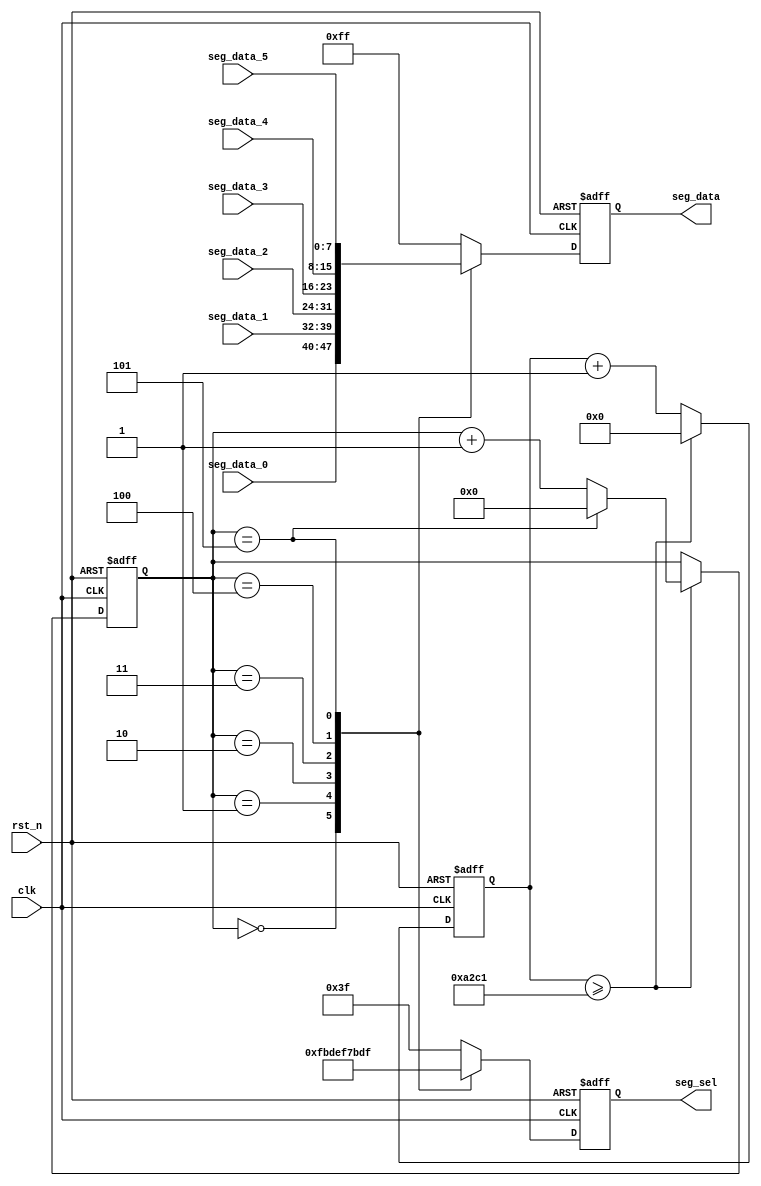
//////////////////////////////////////////////////////////////////////////////////
//                                                                              //
//                                                                              //
//          msq@qq.com                                                          //
//          ALINX(shanghai) Technology Co.,Ltd                                  //
//          heijin                                                              //
//     WEB: http://www.alinx.cn/                                                //
//     BBS: http://www.heijin.org/                                              //
//                                                                              //
//////////////////////////////////////////////////////////////////////////////////
//                                                                              //
// Copyright (c) 2017,ALINX(shanghai) Technology Co.,Ltd                        //
//                    All rights reserved                                       //
//                                                                              //
// This source file may be used and distributed without restriction provided    //
// that this copyright statement is not removed from the file and that any      //
// derivative work contains the original copyright notice and the associated    //
// disclaimer.                                                                  //
//                                                                              //
//////////////////////////////////////////////////////////////////////////////////

//==========================================================================
//  Revision History:
//  Date          By            Revision    Change Description
//--------------------------------------------------------------------------
//  2017/6/19     meisq         1.0         Original
//*************************************************************************/
module seg_scan(
	input           clk,
	input           rst_n,
	output reg[5:0] seg_sel,      //digital led chip select
	output reg[7:0] seg_data,     //eight segment digital tube output,MSB is the decimal point
	input[7:0]      seg_data_0,
	input[7:0]      seg_data_1,
	input[7:0]      seg_data_2,
	input[7:0]      seg_data_3,
	input[7:0]      seg_data_4,
	input[7:0]      seg_data_5
);
parameter SCAN_FREQ = 200;     //scan frequency
parameter CLK_FREQ = 50000000; //clock frequency

parameter SCAN_COUNT = CLK_FREQ /(SCAN_FREQ * 6) - 1;

reg[31:0] scan_timer;  //scan time counter
reg[3:0] scan_sel;     //Scan select counter
always@(posedge clk or negedge rst_n)
begin
	if(rst_n == 1'b0)
	begin
		scan_timer <= 32'd0;
		scan_sel <= 4'd0;
	end
	else if(scan_timer >= SCAN_COUNT)
	begin
		scan_timer <= 32'd0;
		if(scan_sel == 4'd5)
			scan_sel <= 4'd0;
		else
			scan_sel <= scan_sel + 4'd1;
	end
	else
		begin
			scan_timer <= scan_timer + 32'd1;
		end
end
always@(posedge clk or negedge rst_n)
begin
	if(rst_n == 1'b0)
	begin
		seg_sel <= 6'b111111;
		seg_data <= 8'hff;
	end
	else
	begin
		case(scan_sel)
			//first digital led
			4'd0:
			begin
				seg_sel <= 6'b11_1110;
				seg_data <= seg_data_0;
			end
			//second digital led
			4'd1:
			begin
				seg_sel <= 6'b11_1101;
				seg_data <= seg_data_1;
			end
			//...
			4'd2:
			begin
				seg_sel <= 6'b11_1011;
				seg_data <= seg_data_2;
			end
			4'd3:
			begin
				seg_sel <= 6'b11_0111;
				seg_data <= seg_data_3;
			end
			4'd4:
			begin
				seg_sel <= 6'b10_1111;
				seg_data <= seg_data_4;
			end
			4'd5:
			begin
				seg_sel <= 6'b01_1111;
				seg_data <= seg_data_5;
			end
			default:
			begin
				seg_sel <= 6'b11_1111;
				seg_data <= 8'hff;
			end
		endcase
	end
end

endmodule